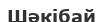
Шәкібай